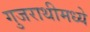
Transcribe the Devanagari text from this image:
गुजराथीमध्ये